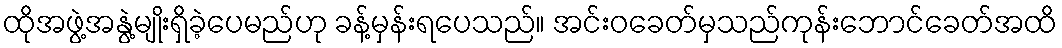
ထိုအဖွဲ့အနွဲ့မျိုးရှိခဲ့ပေမည်ဟု ခန့်မှန်းရပေသည်။ အင်းဝခေတ်မှသည်ကုန်းဘောင်ခေတ်အထိ